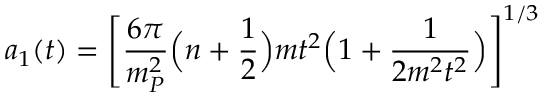
a _ { 1 } ( t ) = \Biggl [ \frac { 6 \pi } { m _ { P } ^ { 2 } } \Bigl ( n + \frac { 1 } { 2 } \Bigr ) m t ^ { 2 } \Bigl ( 1 + \frac { 1 } { 2 m ^ { 2 } t ^ { 2 } } \Bigr ) \Biggr ] ^ { 1 / 3 }